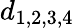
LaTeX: d_{1,2,3,4}